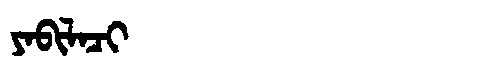
Manchu: ᠶᠠᠪᡳᠯᠠᠴᡳ
Romanization: YABILACI